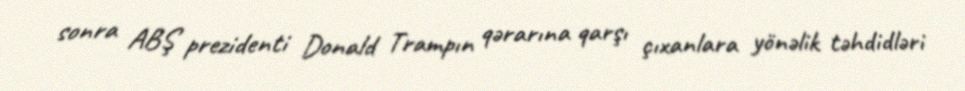
sonra ABŞ prezidenti Donald Trampın qərarına qarşı çıxanlara yönəlik təhdidləri